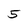
Character: 5